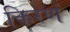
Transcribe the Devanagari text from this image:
किरणं